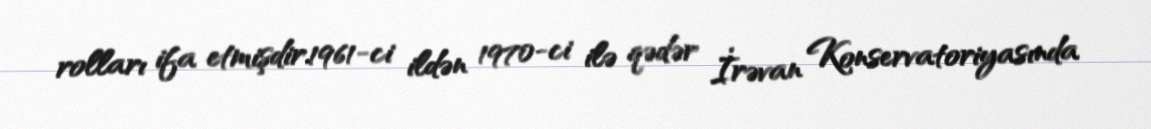
rolları ifa etmişdir.1961-ci ildən 1970-ci ilə qədər İrəvan Konservatoriyasında